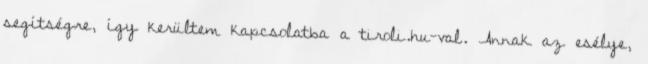
segítségre, így kerültem kapcsolatba a tiroli.hu-val. Annak az esélye,